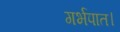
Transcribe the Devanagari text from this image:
गर्भपात।